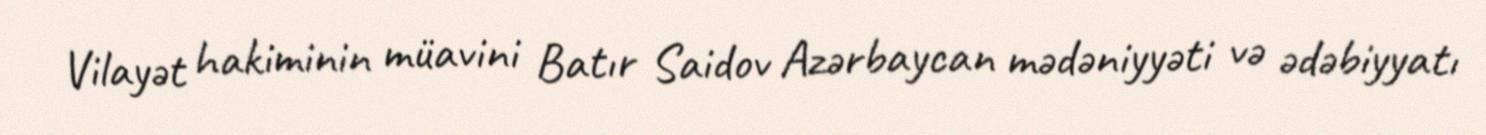
Vilayət hakiminin müavini Batır Saidov Azərbaycan mədəniyyəti və ədəbiyyatı